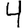
Digit: 4